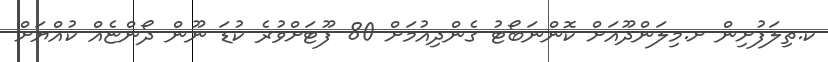
ކ.ތިލަފުށިން ށ.މިލަންދޫއަށް ކޮންނަބޯޓު ގެންދިއުމަށް 80 ފޫޓަށްވުރެ ކުޑަ ނޫން ދޯންޏެއް ކުއްޔަށް